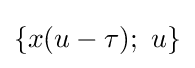
{\textstyle \{x(u-\tau );\ u\}}